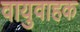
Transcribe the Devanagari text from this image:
वायुवाहक